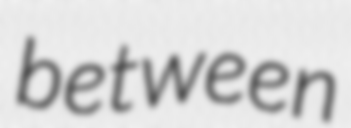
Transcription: between